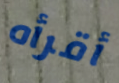
أقرأه